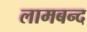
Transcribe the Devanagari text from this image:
लामबन्द